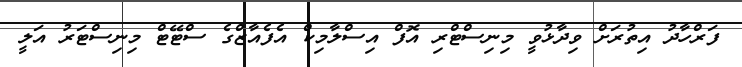
ފަރްހާދު އިތުރަށް ވިދާޅުވީ މިނިސްޓްރި އޮފް އިސްލާމިކް އެފެއާޒްގެ ސްޓޭޓް މިނިސްޓަރު އަލީ